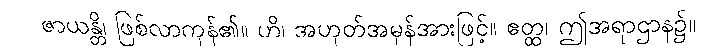
ဇာယန္တိ၊ ဖြစ်လာကုန်၏။ ဟိ၊ အဟုတ်အမှန်အားဖြင့်။ ဧတ္ထ၊ ဤအရာဌာန၌။